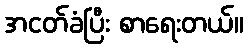
အငတ်ခံပြီး စာရေးတယ်။